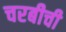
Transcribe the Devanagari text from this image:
चरबीची